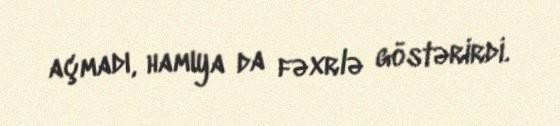
açmadı, hamıya da fəxrlə göstərirdi.